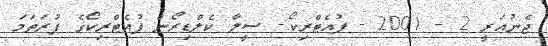
ޖެނުއަރީ 2 - 2001 - ޕުއެޓްރިކޯ:- ސީލާ ކެލްޑިރޯން ޕުއެޓްރިކޯގެ ފުރަތަމަ